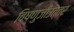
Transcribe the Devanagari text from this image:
विष्णुजीउत्तर